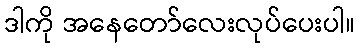
ဒါကို အနေတော်လေးလုပ်ပေးပါ။